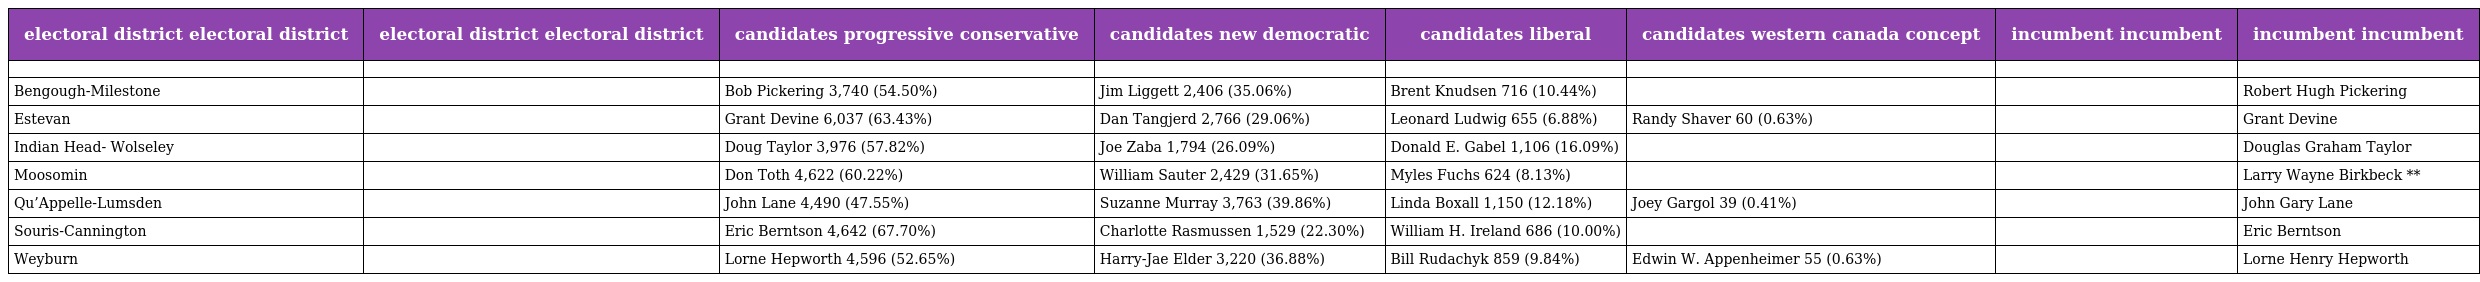
| electoral district electoral district | electoral district electoral district | candidates progressive conservative | candidates new democratic | candidates liberal | candidates western canada concept | incumbent incumbent | incumbent incumbent |
 | --- | --- | --- | --- | --- | --- | --- | --- |
 |  |  |  |  |  |  |  |  |
 | Bengough-Milestone |  | Bob Pickering 3,740 (54.50%) | Jim Liggett 2,406 (35.06%) | Brent Knudsen 716 (10.44%) |  |  | Robert Hugh Pickering |
 | Estevan |  | Grant Devine 6,037 (63.43%) | Dan Tangjerd 2,766 (29.06%) | Leonard Ludwig 655 (6.88%) | Randy Shaver 60 (0.63%) |  | Grant Devine |
 | Indian Head- Wolseley |  | Doug Taylor 3,976 (57.82%) | Joe Zaba 1,794 (26.09%) | Donald E. Gabel 1,106 (16.09%) |  |  | Douglas Graham Taylor |
 | Moosomin |  | Don Toth 4,622 (60.22%) | William Sauter 2,429 (31.65%) | Myles Fuchs 624 (8.13%) |  |  | Larry Wayne Birkbeck ** |
 | Qu’Appelle-Lumsden |  | John Lane 4,490 (47.55%) | Suzanne Murray 3,763 (39.86%) | Linda Boxall 1,150 (12.18%) | Joey Gargol 39 (0.41%) |  | John Gary Lane |
 | Souris-Cannington |  | Eric Berntson 4,642 (67.70%) | Charlotte Rasmussen 1,529 (22.30%) | William H. Ireland 686 (10.00%) |  |  | Eric Berntson |
 | Weyburn |  | Lorne Hepworth 4,596 (52.65%) | Harry-Jae Elder 3,220 (36.88%) | Bill Rudachyk 859 (9.84%) | Edwin W. Appenheimer 55 (0.63%) |  | Lorne Henry Hepworth |